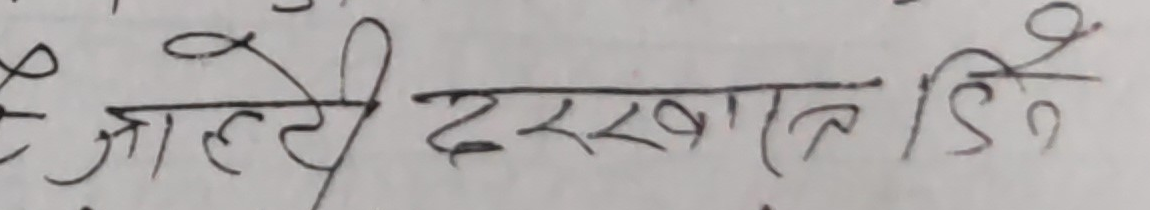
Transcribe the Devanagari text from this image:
जाहेरी दरखास्ता दिने